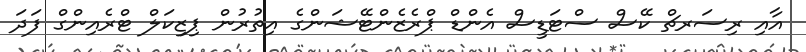
އާއި ރިސަރޗް ކޭސް ސްޓަޑީސް އެންޑް ޕްރެޒެންޓޭޝަންގެ އިތުރުން ޕިޒިކަލް ޓްރެއިންގް ފަދަ